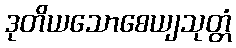
ဒုတိယသောစေယျသုတ္တံ